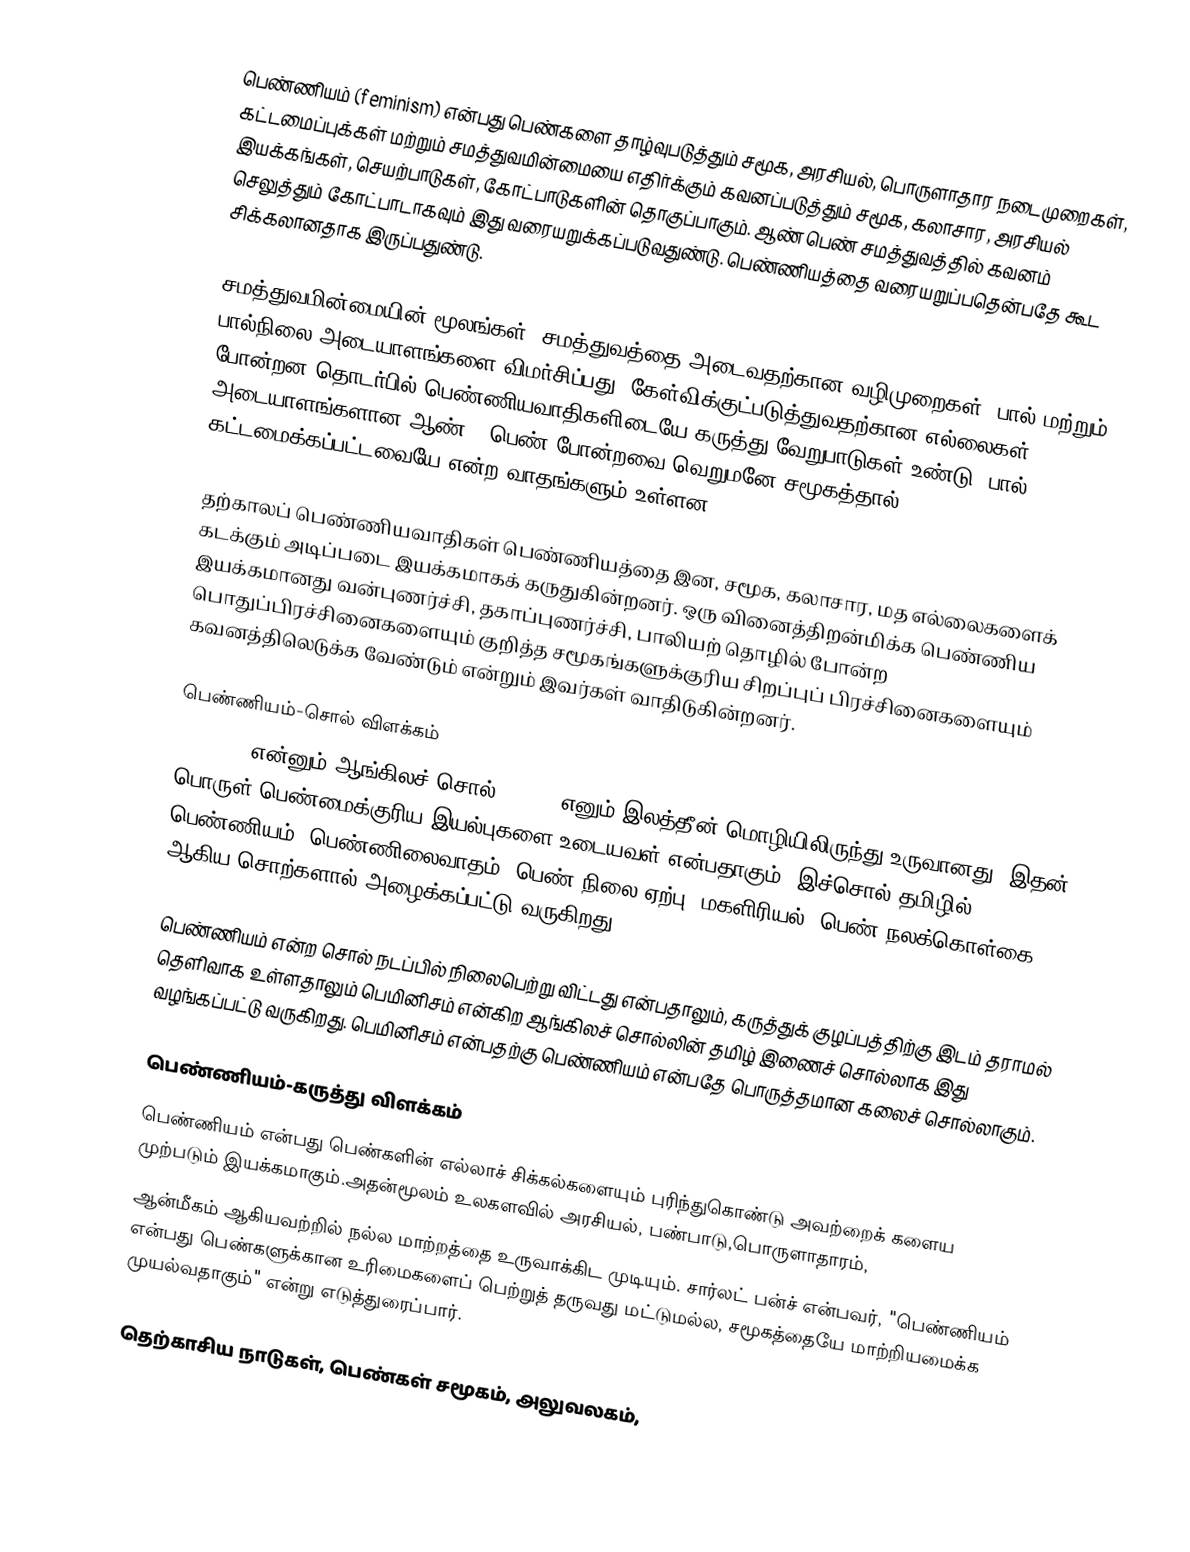
பெண்ணியம் (feminism) என்பது பெண்களை தாழ்வுபடுத்தும் சமூக, அரசியல், பொருளாதார நடைமுறைகள், கட்டமைப்புக்கள் மற்றும் சமத்துவமின்மையை எதிர்க்கும் கவனப்படுத்தும் சமூக, கலாசார, அரசியல் இயக்கங்கள், செயற்பாடுகள், கோட்பாடுகளின் தொகுப்பாகும். ஆண் பெண் சமத்துவத்தில் கவனம் செலுத்தும் கோட்பாடாகவும் இது வரையறுக்கப்படுவதுண்டு. பெண்ணியத்தை வரையறுப்பதென்பதே கூட சிக்கலானதாக இருப்பதுண்டு.

சமத்துவமின்மையின் மூலங்கள், சமத்துவத்தை அடைவதற்கான வழிமுறைகள், பால் மற்றும் பால்நிலை அடையாளங்களை விமர்சிப்பது, கேள்விக்குட்படுத்துவதற்கான எல்லைகள் போன்றன தொடர்பில் பெண்ணியவாதிகளிடையே கருத்து வேறுபாடுகள் உண்டு. பால் அடையாளங்களான ஆண் - பெண் போன்றவை வெறுமனே சமூகத்தால் கட்டமைக்கப்பட்டவையே என்ற வாதங்களும் உள்ளன.

தற்காலப் பெண்ணியவாதிகள் பெண்ணியத்தை இன, சமூக, கலாசார, மத எல்லைகளைக் கடக்கும் அடிப்படை இயக்கமாகக் கருதுகின்றனர். ஒரு வினைத்திறன்மிக்க பெண்ணிய இயக்கமானது வன்புணர்ச்சி, தகாப்புணர்ச்சி, பாலியற் தொழில் போன்ற பொதுப்பிரச்சினைகளையும் குறித்த சமூகங்களுக்குரிய சிறப்புப் பிரச்சினைகளையும் கவனத்திலெடுக்க வேண்டும் என்றும் இவர்கள் வாதிடுகின்றனர்.

பெண்ணியம்-சொல் விளக்கம்
Feminism என்னும் ஆங்கிலச் சொல் Femina எனும் இலத்தீன் மொழியிலிருந்து உருவானது. இதன் பொருள் பெண்மைக்குரிய இயல்புகளை உடையவள் என்பதாகும். இச்சொல் தமிழில் பெண்ணியம், பெண்ணிலைவாதம், பெண் நிலை ஏற்பு, மகளிரியல், பெண் நலக்கொள்கை ஆகிய சொற்களால் அழைக்கப்பட்டு வருகிறது.

பெண்ணியம் என்ற சொல் நடப்பில் நிலைபெற்று விட்டது என்பதாலும், கருத்துக் குழப்பத்திற்கு இடம் தராமல் தெளிவாக உள்ளதாலும் பெமினிசம் என்கிற ஆங்கிலச் சொல்லின் தமிழ் இணைச் சொல்லாக இது வழங்கப்பட்டு வருகிறது. பெமினிசம் என்பதற்கு பெண்ணியம் என்பதே பொருத்தமான கலைச் சொல்லாகும்.

பெண்ணியம்-கருத்து விளக்கம்
பெண்ணியம் என்பது பெண்களின் எல்லாச் சிக்கல்களையும் புரிந்துகொண்டு அவற்றைக் களைய முற்படும் இயக்கமாகும்.அதன்மூலம் உலகளவில் அரசியல், பண்பாடு,பொருளாதாரம்,
ஆன்மீகம் ஆகியவற்றில் நல்ல மாற்றத்தை உருவாக்கிட முடியும். சார்லட் பன்ச் என்பவர், "பெண்ணியம் என்பது பெண்களுக்கான உரிமைகளைப் பெற்றுத் தருவது மட்டுமல்ல, சமூகத்தையே மாற்றியமைக்க முயல்வதாகும்" என்று எடுத்துரைப்பார்.

தெற்காசிய நாடுகள், பெண்கள் சமூகம், அலுவலகம்,